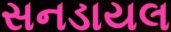
સનડાયલ